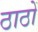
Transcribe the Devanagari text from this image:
ठाठों